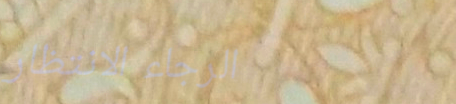
الرجاء الانتظار